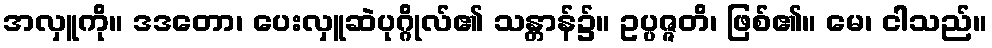
အလှူကို။ ဒဒတော၊ ပေးလှူဆဲပုဂ္ဂိုလ်၏ သန္တာန်၌။ ဥပ္ပဇ္ဇတိ၊ ဖြစ်၏။ မေ၊ ငါသည်။